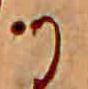
か